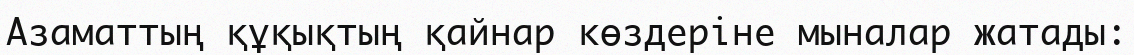
Aзаматтың құқықтың қайнар көздеріне мыналар жатады: